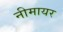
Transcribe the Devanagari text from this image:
नीमायर